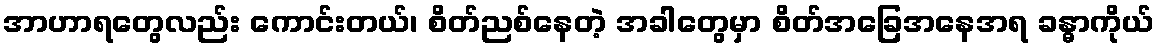
အာဟာရတွေလည်း ကောင်းတယ်၊ စိတ်ညစ်နေတဲ့ အခါတွေမှာ စိတ်အခြေအနေအရ ခန္ဓာကိုယ်